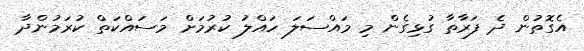
އެގޮތުން ދެ ފަރާތާ ގުޅިގެން މި މައްސަލަ ހައްލު ކުރުމަށް މަސައްކަތް ކުރަމުންދާ